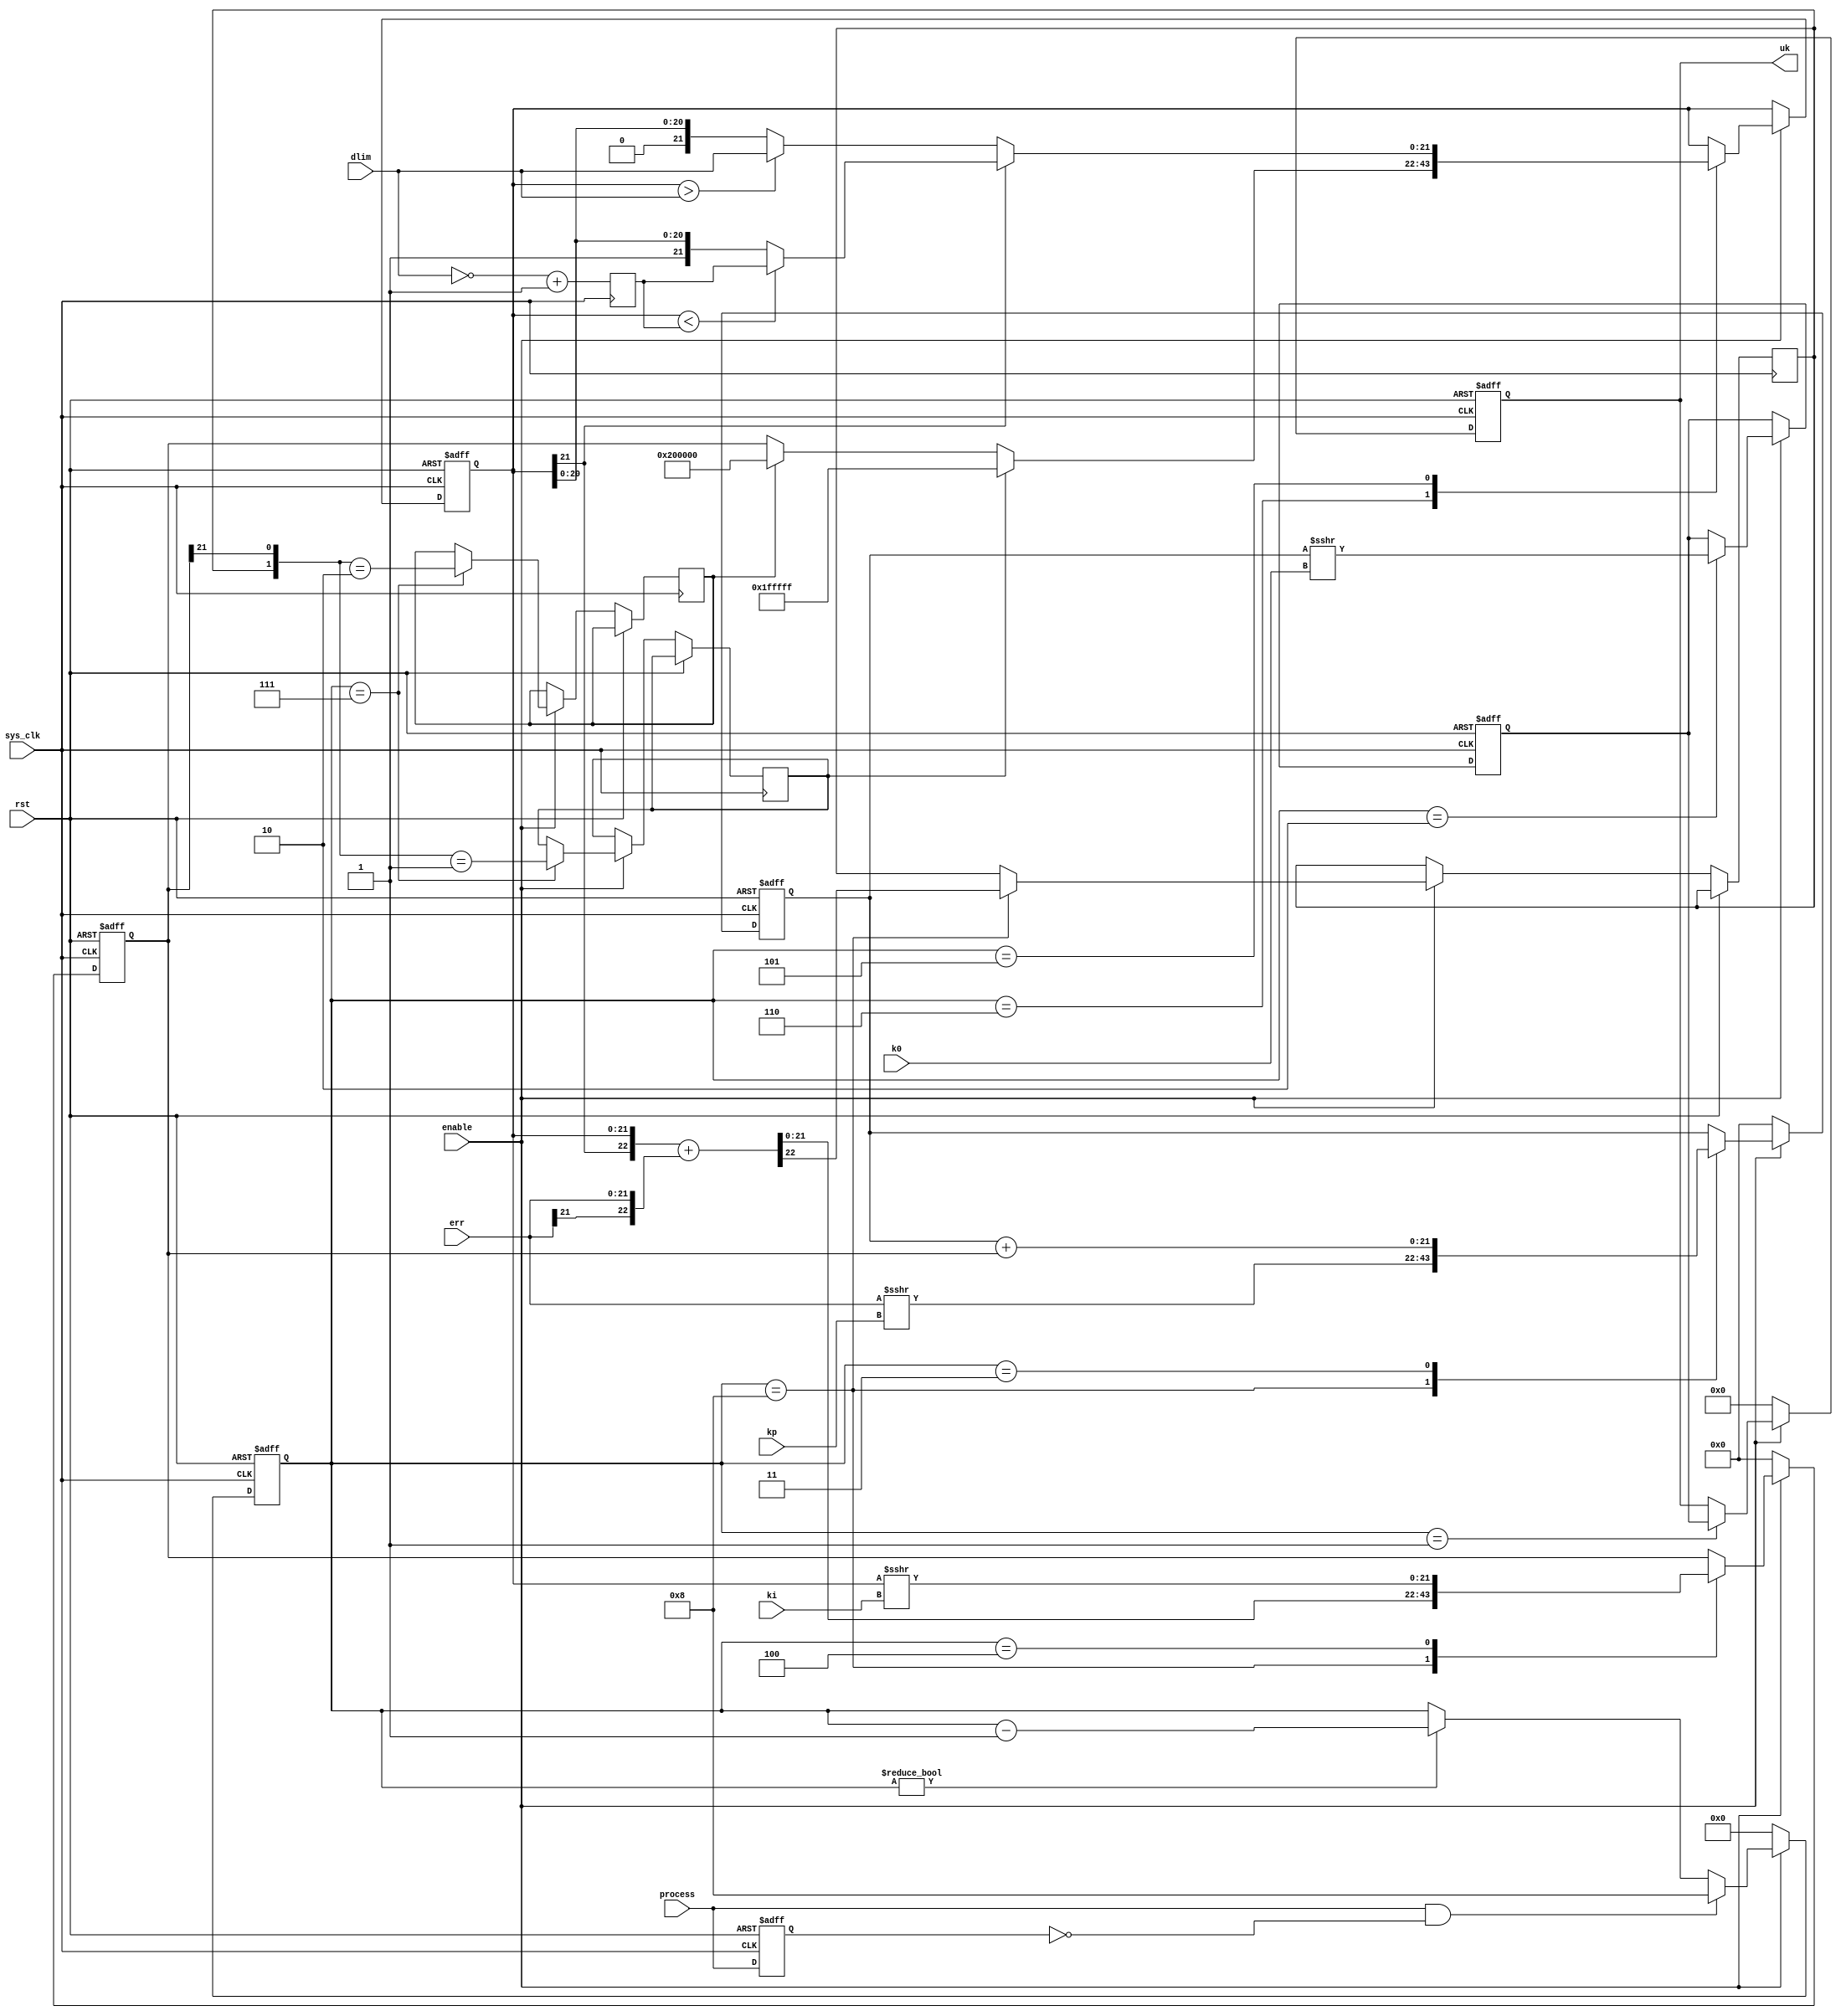
module compensate #(parameter WIDTH= 17, WIDTH_ERR=22, fsze = 6) (
	// input
	input sys_clk,								// system clock
	input rst,									// active high reset
	input signed [WIDTH_ERR-1:0] err,	// signed error
	input [WIDTH_ERR-1:0] dlim,
	input [fsze-1:0] ki,
	input [fsze-1:0] kp,
	input [fsze-1:0] k0,
	input enable,
	input process,
	// outputs
	output [WIDTH-1:0] uk
    );


localparam MSB = WIDTH_ERR-1;

reg signed 	[WIDTH_ERR-1:0] Yi;		// integrator raw
reg signed 	[WIDTH_ERR-1:0] Ys;		// integrator saturated
reg signed  [WIDTH-1:0] result1;		// 
reg signed  [WIDTH-1:0] result2;
reg signed 	[WIDTH_ERR-1:0] R1 ;		// intermediate result
reg process_dly;
reg [3:0] counter;
reg [WIDTH_ERR-1:0] dlim_neg;
reg undrflow;
reg ovrflow;
reg extra;

// assign
assign uk = result2;
//
	always @ (posedge sys_clk) begin
		dlim_neg <= ~dlim + 1;
	end	
	
	always @ (posedge sys_clk, posedge rst) begin
		if(rst)
			process_dly <= 0;
		else
		   process_dly <= process;
	end
		
	always @ (posedge sys_clk, posedge rst) begin 
		if(rst) begin
				result1 <= 0;
				result2 <= 0;
				Yi <= 0;
				Ys <= 0;
				R1 <= 0;
				counter <= 0;
		end
		else begin
			if (process & !process_dly)
				counter <= 4'h8;
			else if (counter !=0)
				counter <= counter-1;		
			if(!enable) 
			begin
				result2 <=  4'h0 ;	// default count
				Yi <= 0;
				R1 <= 0;
				counter <= 0;
			end else begin
		   // compensation pipeline
				case (counter)
					4'h8: begin
						{extra, Yi} <= {Ys[MSB], Ys} + {err[MSB], err};
						R1 <=  err>>>kp;
						end
					4'h7: begin
						ovrflow <=  ({extra, Yi[MSB]} == 2'b01 );
						undrflow <=  ({extra, Yi[MSB]} == 2'b10 );
						end
					4'h6:	Ys <= (ovrflow)? ~(1<<MSB): (undrflow)? 1<<MSB: Yi;				
					4'h5: begin		
					   if(Ys[WIDTH_ERR-1])
							Ys <= Ys < dlim_neg ? dlim_neg:Ys;
						else
						   Ys <= Ys > dlim ? dlim : Ys;
						end	
               4'h4: Yi <= Ys >>>ki;		// temporary re-use Yi						
					4'h3: R1 <= R1 + Yi;			// preserve Ys
					4'h2: result1 <= R1>>>k0; 
					4'h1: result2 <= $signed(result1) ;
					default: ;    // don't do anything
				endcase  
			end
		end
	end	
endmodule